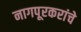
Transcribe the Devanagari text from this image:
नागपूरकरांचे